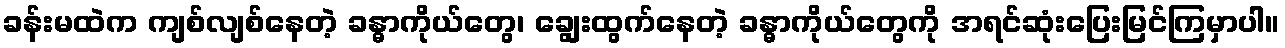
ခန်းမထဲက ကျစ်လျစ်နေတဲ့ ခန္ဓာကိုယ်တွေ၊ ချွေးထွက်နေတဲ့ ခန္ဓာကိုယ်တွေကို အရင်ဆုံးပြေးမြင်ကြမှာပါ။